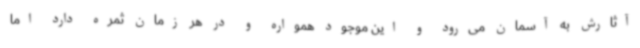
آثارش به آسمان می‌رود و این موجود همواره و در هر زمان ثمره دارد اما